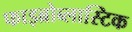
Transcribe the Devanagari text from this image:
फाइब्रोब्लास्टिक